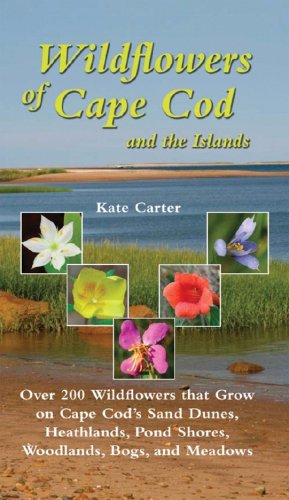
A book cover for Wildflowers of Cape Cod & the Islands: 206 Wildflowers that Grow on Cape Cod's Sand Dunes, Heathlands, Pond Shores, Woodlands, Bogs and Meadows; Kate Carter; Travel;